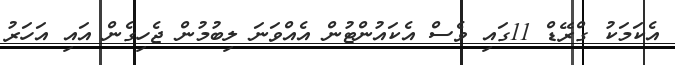
އެކަމަކު ގްރޭޑް 11ގައި ވެސް އެކައުންޓުން އެއްވަނަ ލިބުމުން ޖެހިގެން އައި އަހަރު